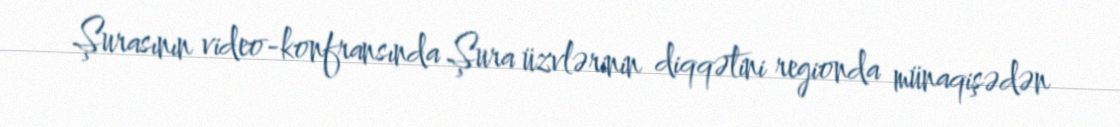
Şurasının video-konfransında Şura üzvlərinin diqqətini regionda münaqişədən